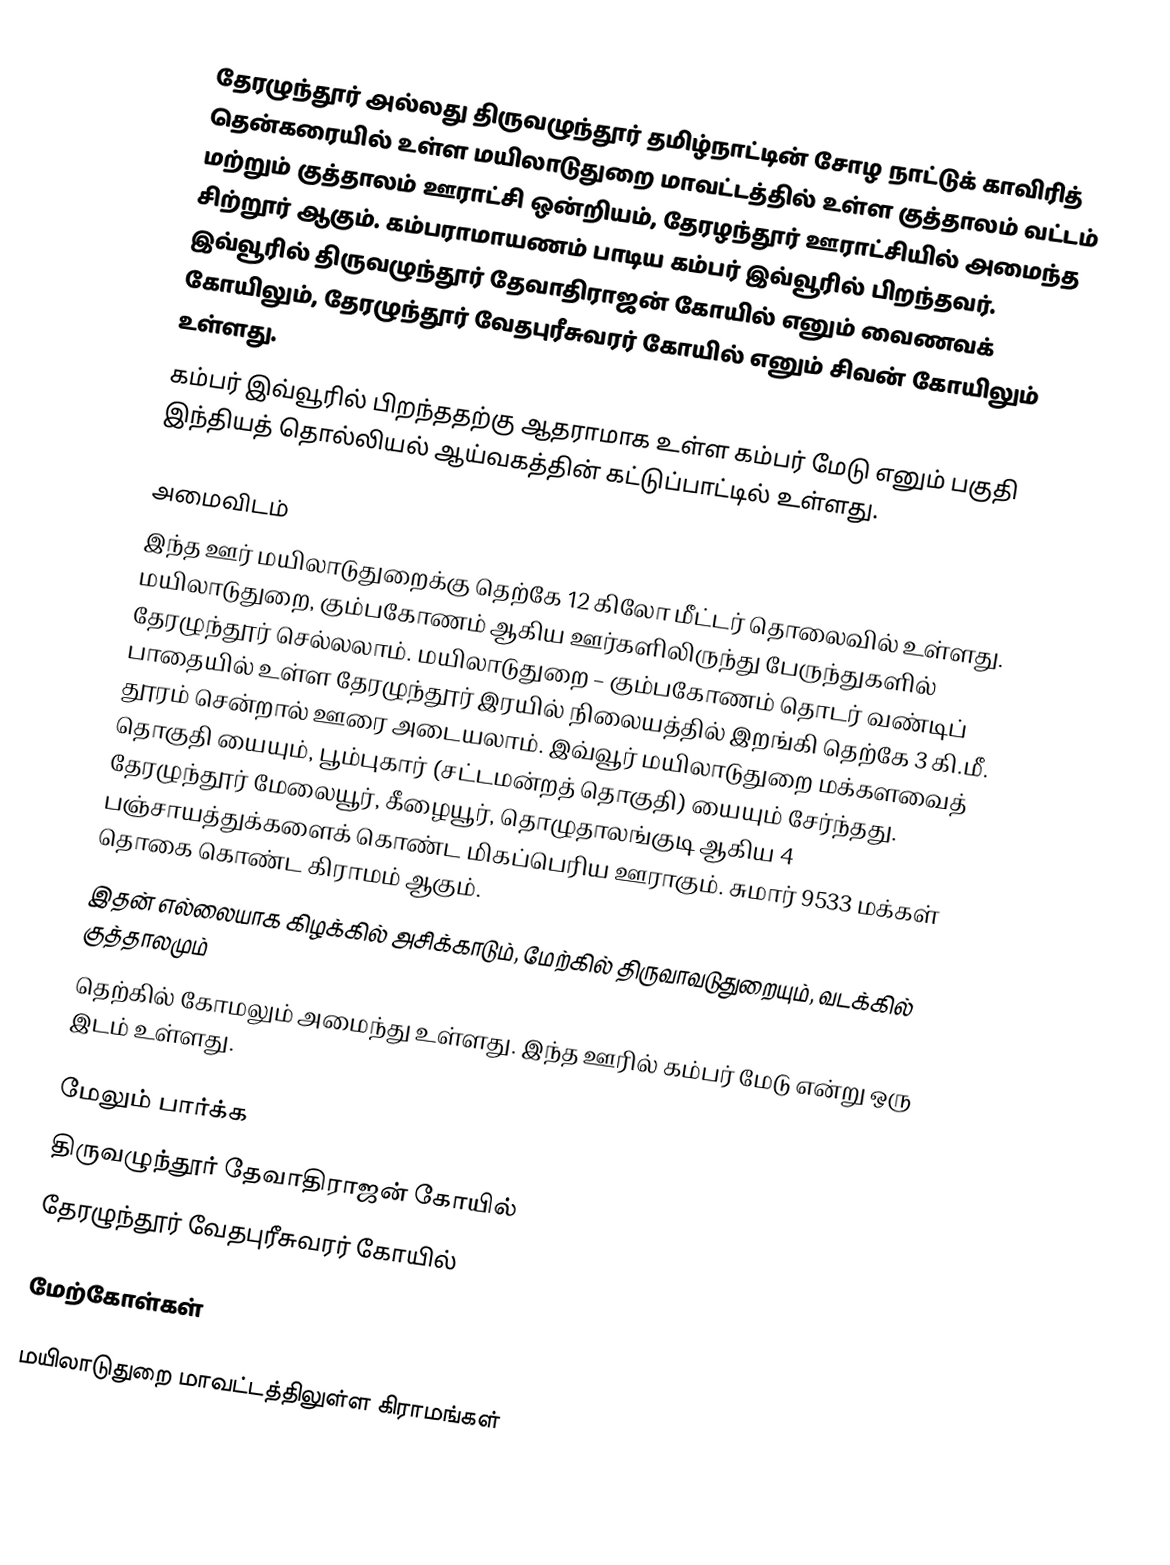
தேரழுந்தூர் அல்லது திருவழுந்தூர் தமிழ்நாட்டின் சோழ நாட்டுக் காவிரித் தென்கரையில் உள்ள மயிலாடுதுறை மாவட்டத்தில் உள்ள குத்தாலம் வட்டம் மற்றும் குத்தாலம் ஊராட்சி ஒன்றியம், தேரழந்தூர் ஊராட்சியில் அமைந்த சிற்றூர் ஆகும். கம்பராமாயணம் பாடிய கம்பர் இவ்வூரில் பிறந்தவர். இவ்வூரில் திருவழுந்தூர் தேவாதிராஜன் கோயில் எனும் வைணவக் கோயிலும், தேரழுந்தூர் வேதபுரீசுவரர் கோயில் எனும் சிவன் கோயிலும் உள்ளது.
கம்பர் இவ்வூரில் பிறந்ததற்கு ஆதராமாக உள்ள கம்பர் மேடு எனும் பகுதி இந்தியத்  தொல்லியல் ஆய்வகத்தின் கட்டுப்பாட்டில் உள்ளது.

அமைவிடம்
இந்த ஊர் மயிலாடுதுறைக்கு தெற்கே 12 கிலோ மீட்டர் தொலைவில் உள்ளது. மயிலாடுதுறை, கும்பகோணம் ஆகிய ஊர்களிலிருந்து பேருந்துகளில் தேரழுந்தூர் செல்லலாம். மயிலாடுதுறை – கும்பகோணம் தொடர் வண்டிப் பாதையில் உள்ள தேரழுந்தூர் இரயில் நிலையத்தில் இறங்கி தெற்கே 3 கி.மீ. தூரம் சென்றால் ஊரை அடையலாம். இவ்வூர் மயிலாடுதுறை மக்களவைத் தொகுதி யையும், பூம்புகார் (சட்டமன்றத் தொகுதி) யையும் சேர்ந்தது. தேரழுந்தூர் மேலையூர், கீழையூர், தொழுதாலங்குடி ஆகிய 4 பஞ்சாயத்துக்களைக் கொண்ட மிகப்பெரிய ஊராகும். சுமார் 9533 மக்கள் தொகை கொண்ட கிராமம் ஆகும்.
இதன் எல்லையாக கிழக்கில் அசிக்காடும், மேற்கில் திருவாவடுதுறையும், வடக்கில் குத்தாலமும்
தெற்கில் கோமலும் அமைந்து உள்ளது. இந்த ஊரில் கம்பர் மேடு என்று ஒரு இடம் உள்ளது.

மேலும் பார்க்க
 திருவழுந்தூர் தேவாதிராஜன் கோயில்
 தேரழுந்தூர் வேதபுரீசுவரர் கோயில்

மேற்கோள்கள்

மயிலாடுதுறை மாவட்டத்திலுள்ள கிராமங்கள்